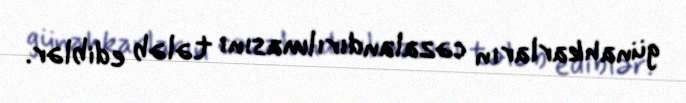
günahkarların cəzalandırılmasını tələb ediblər.